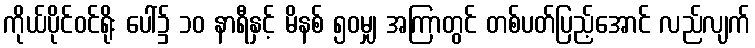
ကိုယ်ပိုင်ဝင်ရိုး ပေါ်၌ ၁၀ နာရီနှင့် မိနစ် ၅၀မျှ အကြာတွင် တစ်ပတ်ပြည့်အောင် လည်လျက်